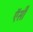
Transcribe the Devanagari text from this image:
ऍसी